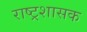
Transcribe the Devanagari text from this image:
राष्ट्रशासक